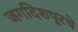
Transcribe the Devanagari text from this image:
जगदिशपूरचे